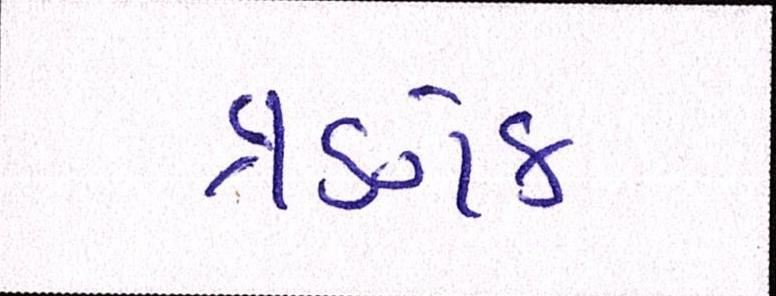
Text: ત્રણેક